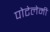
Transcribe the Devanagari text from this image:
पोटेलेमी